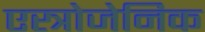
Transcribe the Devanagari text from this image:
एस्त्रोजेनिक